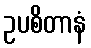
ဥပစိတာနံ